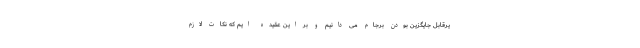
یرقابل جایگزین بودن برجام می دانیم و بر این عقیده ایم که نکات لازم